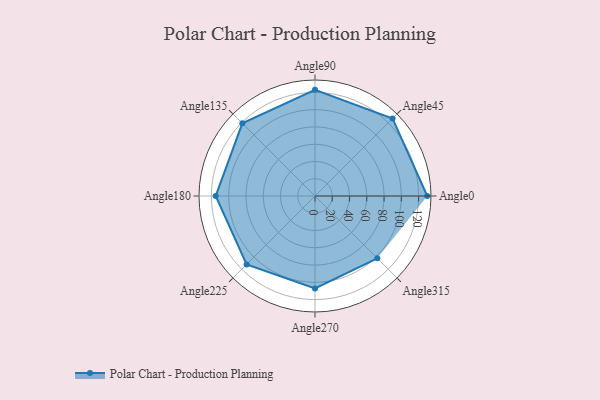
{"axis": {"x": "Angle", "y": "Radius"}, "legend": [""], "data": [{"x": "Angle0", "y": 130.0, "type": ""}, {"x": "Angle45", "y": 127.0, "type": ""}, {"x": "Angle90", "y": 123.0, "type": ""}, {"x": "Angle135", "y": 119.0, "type": ""}, {"x": "Angle180", "y": 115.0, "type": ""}, {"x": "Angle225", "y": 112.0, "type": ""}, {"x": "Angle270", "y": 107.0, "type": ""}, {"x": "Angle315", "y": 102.0, "type": ""}]}